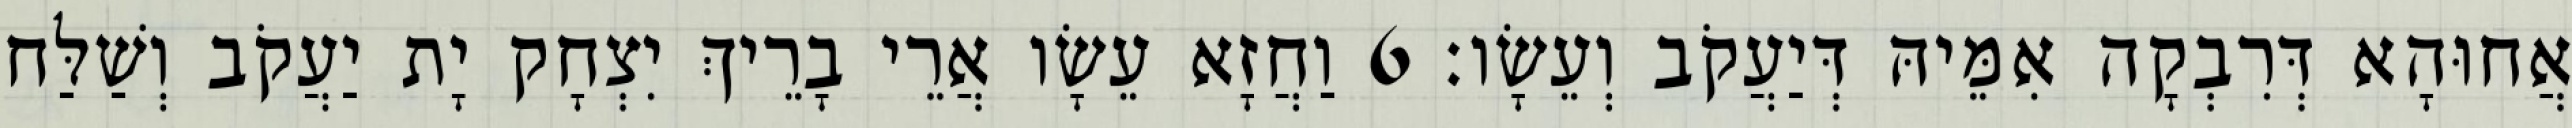
אֲחוּהָא דְּרִבְקָה אִמֵּיהּ דְּיַעֲקֹב וְעֵשָׂו׃ 6 וַחֲזָא עֵשָׂו אֲרֵי בָרֵיךְ יִצְחָק יָת יַעֲקֹב וְשַׁלַּח